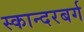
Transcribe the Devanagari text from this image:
स्कान्दरबर्ग